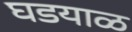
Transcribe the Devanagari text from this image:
घडयाळ